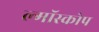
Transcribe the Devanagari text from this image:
ल्मॉस्कोप